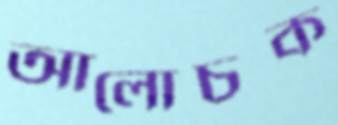
আলোচক